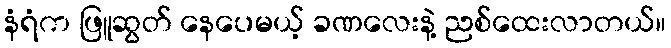
နံရံက ဖြူဆွတ် နေပေမယ့် ခဏလေးနဲ့ ညစ်ထေးလာတယ်။